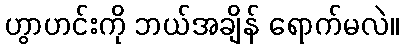
ဟွာဟင်းကို ဘယ်အချိန် ရောက်မလဲ။